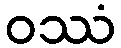
ဝဿံ